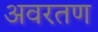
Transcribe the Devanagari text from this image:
अवरतण